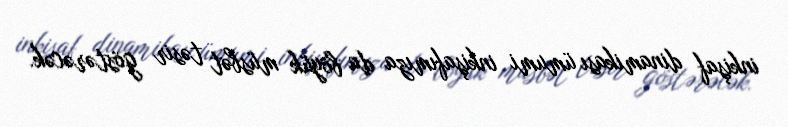
inkişaf dinamikası ümumi inkişafımıza da böyük müsbət təsir göstərəcək.